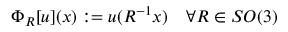
\begin{array} { r } { \Phi _ { R } [ u ] ( x ) : = u ( R ^ { - 1 } x ) \quad \forall R \in S O ( 3 ) } \end{array}